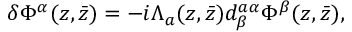
\delta \Phi ^ { \alpha } ( z , \bar { z } ) = - i \Lambda _ { a } ( z , \bar { z } ) d _ { \beta } ^ { a \alpha } \Phi ^ { \beta } ( z , \bar { z } ) ,